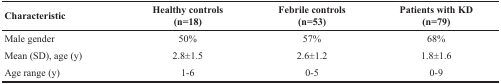
<table><thead><tr><td><b>Characteristic</b></td><td><b>Healthy controls(n=18)</b></td><td><b>Febrile controls(n=53)</b></td><td><b>Patients with KD(n=79)</b></td></tr></thead><tbody><tr><td>Male gender</td><td>50%</td><td>57%</td><td>68%</td></tr><tr><td>Mean (SD), age (y)</td><td>2.8±1.5</td><td>2.6±1.2</td><td>1.8±1.6</td></tr><tr><td>Age range (y)</td><td>1-6</td><td>0-5</td><td>0-9</td></tr></tbody></table>